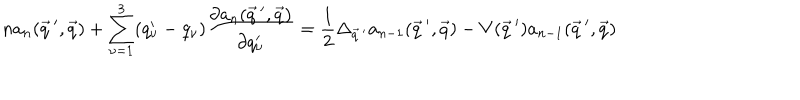
n a _ { n } ( \vec { q } \, ^ { \prime } , \vec { q } ) + \sum _ { \nu = 1 } ^ { 3 } ( q _ { \nu } ^ { \prime } - q _ { \nu } ) \frac { \partial a _ { n } ( \vec { q } \, ^ { \prime } , \vec { q } ) } { \partial q _ { \nu } ^ { \prime } } = \frac { 1 } { 2 } \Delta _ { \vec { q } \, ^ { \prime } } a _ { n - 1 } ( \vec { q } \, ^ { \prime } , \vec { q } ) - V ( \vec { q } \, ^ { \prime } ) a _ { n - 1 } ( \vec { q } \, ^ { \prime } , \vec { q } )